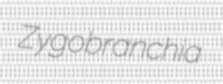
Zygobranchia